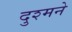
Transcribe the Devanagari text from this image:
दुश्मने